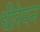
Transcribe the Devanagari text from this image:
धीरेपन